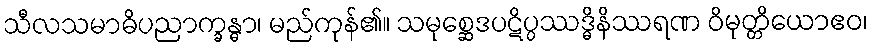
သီလသမာဓိပညာက္ခန္ဓာ၊ မည်ကုန်၏။ သမုစ္ဆေဒပဋိပ္ပဿဒ္ဓိနိဿရဏ ဝိမုတ္တိယောဧဝ၊